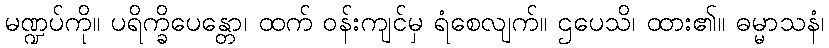
မဏ္ဍပ်ကို။ ပရိက္ခိပေန္တော၊ ထက် ဝန်းကျင်မှ ရံစေလျက်။ ဌပေသိ၊ ထား၏။ ဓမ္မာသနံ၊